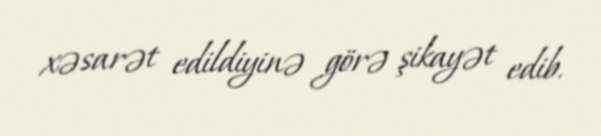
xəsarət edildiyinə görə şikayət edib.